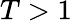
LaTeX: T>1